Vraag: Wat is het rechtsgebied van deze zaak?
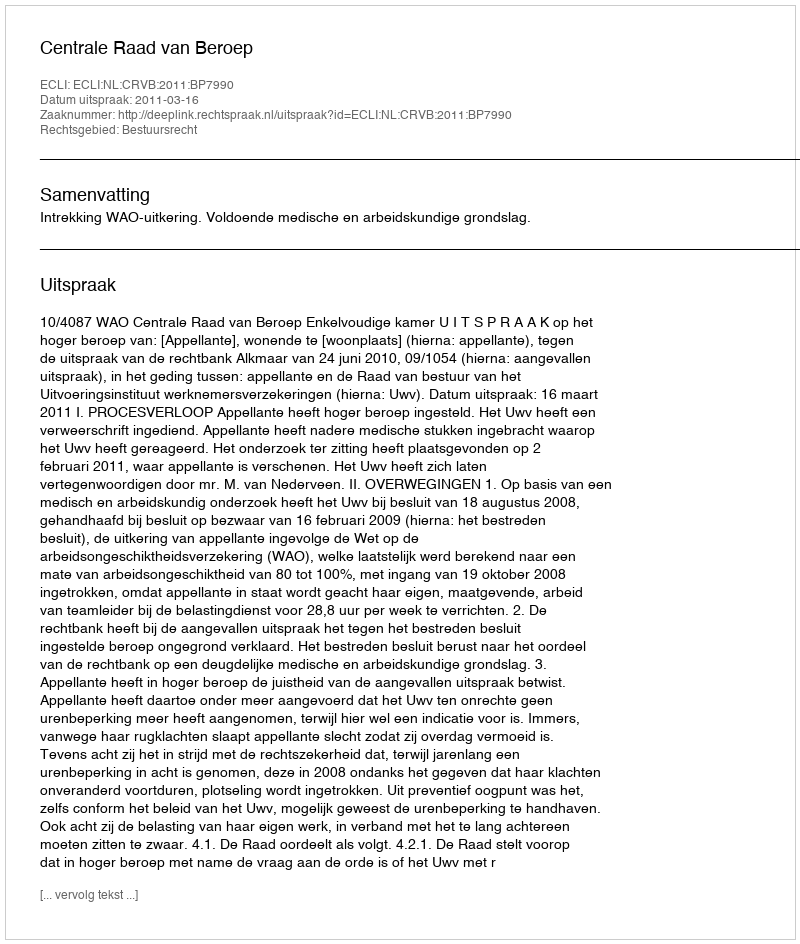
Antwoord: Bestuursrecht